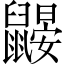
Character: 鼹